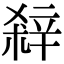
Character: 𨐘